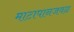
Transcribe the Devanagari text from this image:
माटापानजवळ